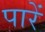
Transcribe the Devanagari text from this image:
पारें